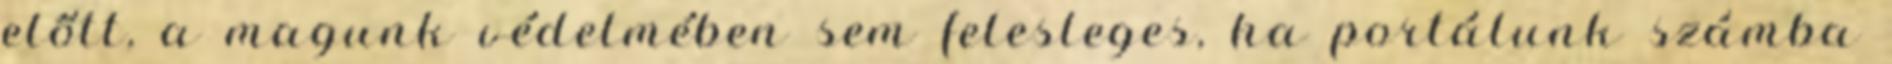
előtt, a magunk védelmében sem felesleges, ha portálunk számba